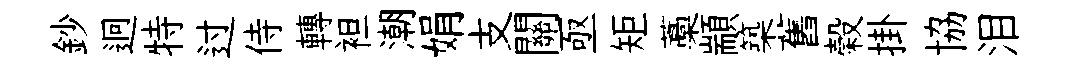
鈔迥特过侍轉袒潮娟支關亟矩藁顓築舊榖掛協泪